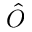
\hat { O }